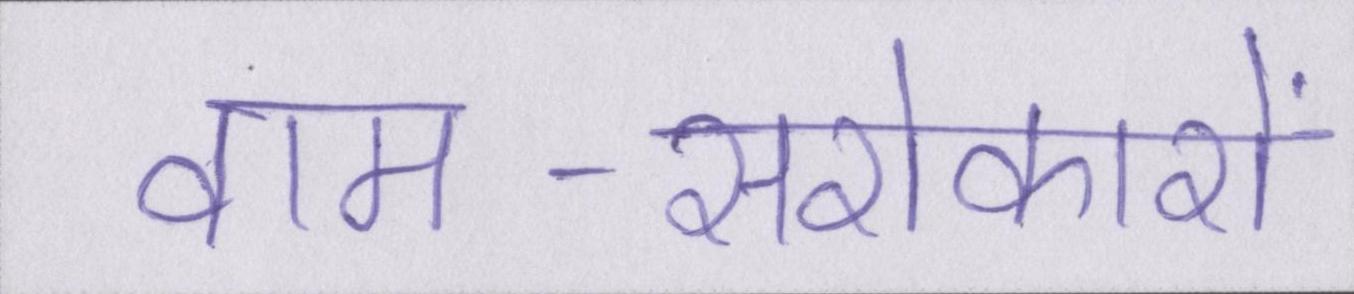
वाम-सरोकारों